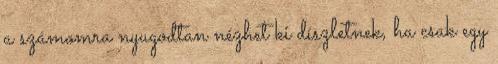
a számomra nyugodtan nézhet ki díszletnek, ha csak egy